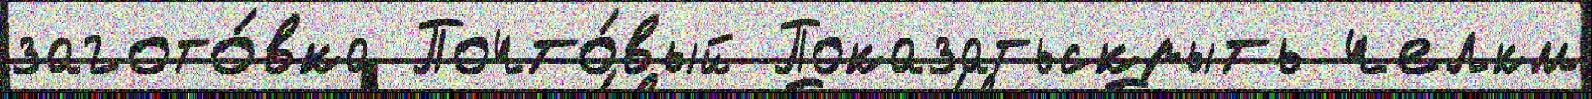
загото́вка Почто́вый Показатьскрыть челкм